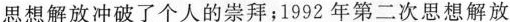
思想解放冲破了个人的崇拜；1992年第二次思想解放